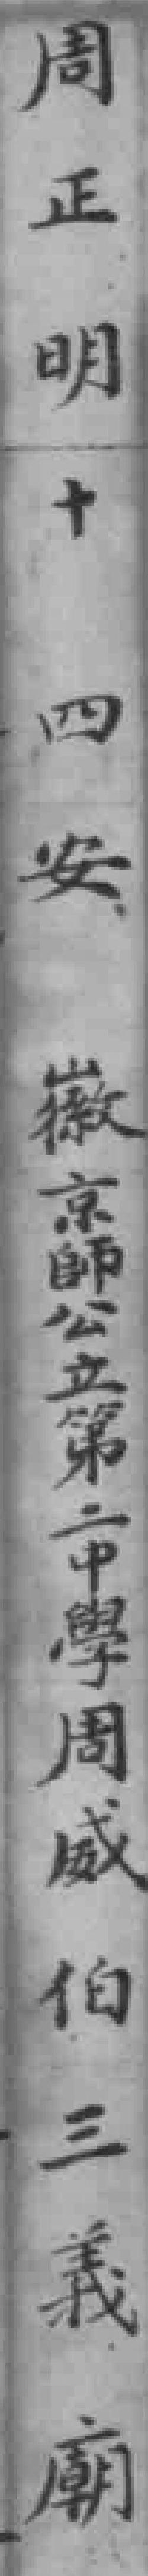
周正明十四安徽京師公立第二中學周威伯三義廟